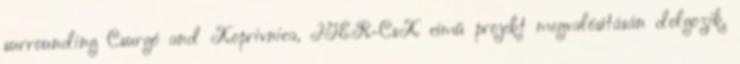
surrounding Csurgó and Koprivnica, IGER-CsK című projekt megvalósításán dolgozik.